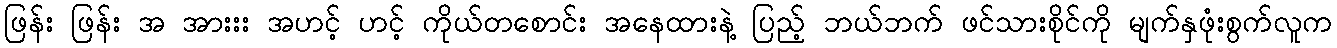
ဖြန်း ဖြန်း အ အားးး အဟင့် ဟင့် ကိုယ်တစောင်း အနေထားနဲ့ ပြည့် ဘယ်ဘက် ဖင်သားစိုင်ကို မျက်နှဖုံးစွက်လူက